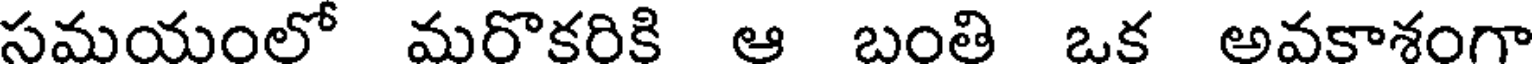
సమయంలో మరొకరికి ఆ బంతి ఒక అవకాశంగా